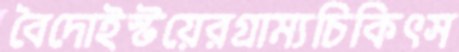
বৈদোইস্টয়েরগ্রাম্যচিকিৎস